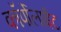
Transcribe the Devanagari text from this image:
कॉर्पोलाईट